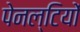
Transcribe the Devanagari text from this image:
पेनल्टियों